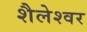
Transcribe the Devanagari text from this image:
शैलेश्‍वर